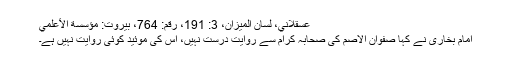
عسقلاني، لسان الميزان، 3: 191، رقم: 764، بيروت: مؤسسة الأعلمي
امام بخاری نے کہا صفوان الاصم کی صحابہ کرام سے روایت درست نہیں، اس کی موئید کوئی روایت نہیں ہے۔